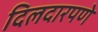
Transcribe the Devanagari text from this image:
दिलदारपणे